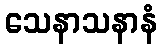
သေနာသနာနံ